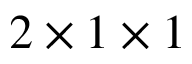
2 \times 1 \times 1